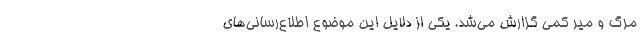
مرگ و میر کمی گزارش می‌شد. یکی از دلایل این موضوع اطلاع‌رسانی‌های